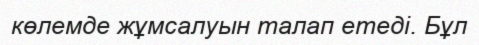
көлемде жұмсалуын талап етеді. Бұл